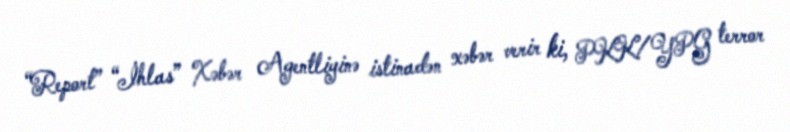
“Report” “İhlas” Xəbər Agentliyinə istinadən xəbər verir ki, PKK/YPG terror